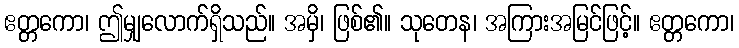
ဧတ္တကော၊ ဤမျှလောက်ရှိသည်။ အမှိ၊ ဖြစ်၏။ သုတေန၊ အကြားအမြင်ဖြင့်။ ဧတ္တကော၊